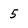
Character: 5